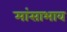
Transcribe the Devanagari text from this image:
मांसाभाव